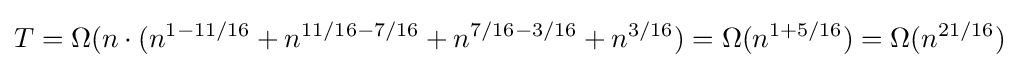
T=\Omega (n\cdot (n^{1-11/16}+n^{11/16-7/16}+n^{7/16-3/16}+n^{3/16})=\Omega (n^{1+5/16})=\Omega (n^{21/16})